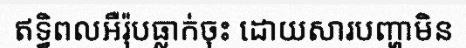
ឥទ្ធិពលអឺរ៉ុបធ្លាក់ចុះ ដោយសារបញ្ហាមិន